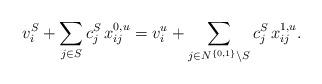
LaTeX: \begin{align*} v_i^S + \sum_{j \in S} c^{S}_j \, x_{ij}^{0, u} =v_i^u + \sum_{j \in N^{\{0, 1\}} \setminus S} c^{S}_j \, x_{ij}^{1, u}.\end{align*}